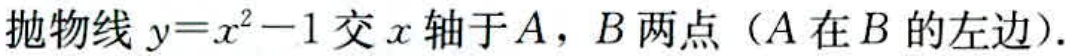
抛物线 \(y = x^{2}-1\) 交 \(x\) 轴于 \(A\)，\(B\) 两点（\(A\) 在 \(B\) 的左边）.